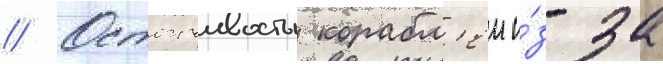
// Остоичивость корабл'еи и́з-за